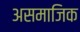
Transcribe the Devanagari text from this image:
असमाजिक